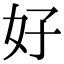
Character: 好